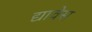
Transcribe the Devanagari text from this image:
द्यावेस